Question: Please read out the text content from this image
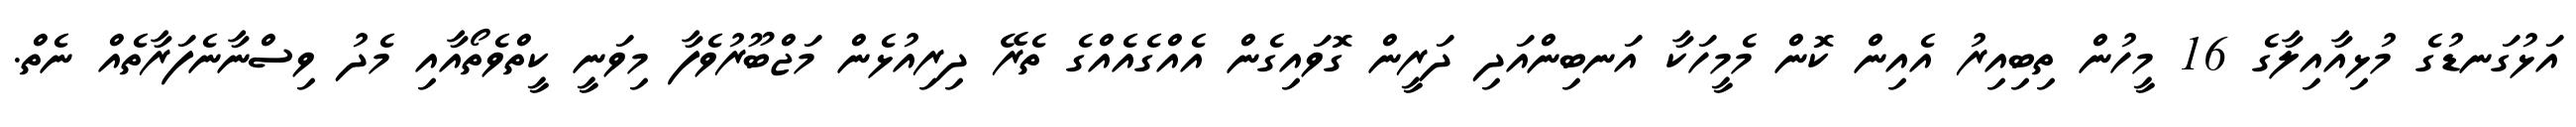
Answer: އަޅުގަނޑުގެ މުޅިއާއިލާގެ 16 މީހުން ތިބިއިރު އެއިން ކޮން މެމީހަކާ އަނބިންއަދި ދަރީން ގޮވައިގެން އެއްގެއެއްގެ ތެރޭ ދިރިއުޅެން މަޖްބޫރުވެފާ މިވަނީ ކީތްވެތޯއާއި މެދު ވިސްނާނެފަރާތެއް ނެތް.